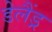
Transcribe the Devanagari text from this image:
डेलैंड्र